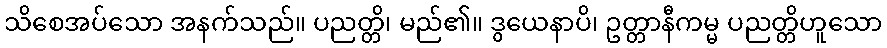
သိစေအပ်သော အနက်သည်။ ပညတ္တိ၊ မည်၏။ ဒွယေနာပိ၊ ဥတ္တာနီကမ္မ ပညတ္တိဟူသော